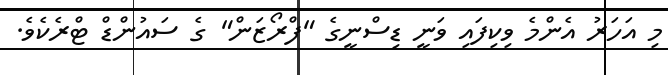
މި އަހަރު އެންމެ ވިކިފައި ވަނީ ޑިސްނީގެ "ފްރޯޒަން" ގެ ސައުންްޑް ޓްރެކެވެ.